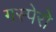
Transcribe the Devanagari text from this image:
गस्पेरो